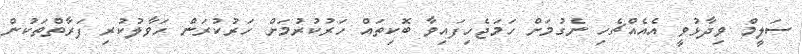
ސަލީމް ވިދާޅުވީ އެއެއްޗެހި ނެގުމަށް ހަމަޖެހިފައިވާ ބޮކިތައް ހަރުކުރުމަށް ހަރުކުރަން ހަވާލުކުރި ފަރާތްތަކުން